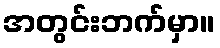
အတွင်းဘက်မှာ။